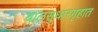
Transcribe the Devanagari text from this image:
बालसुधारगृहात